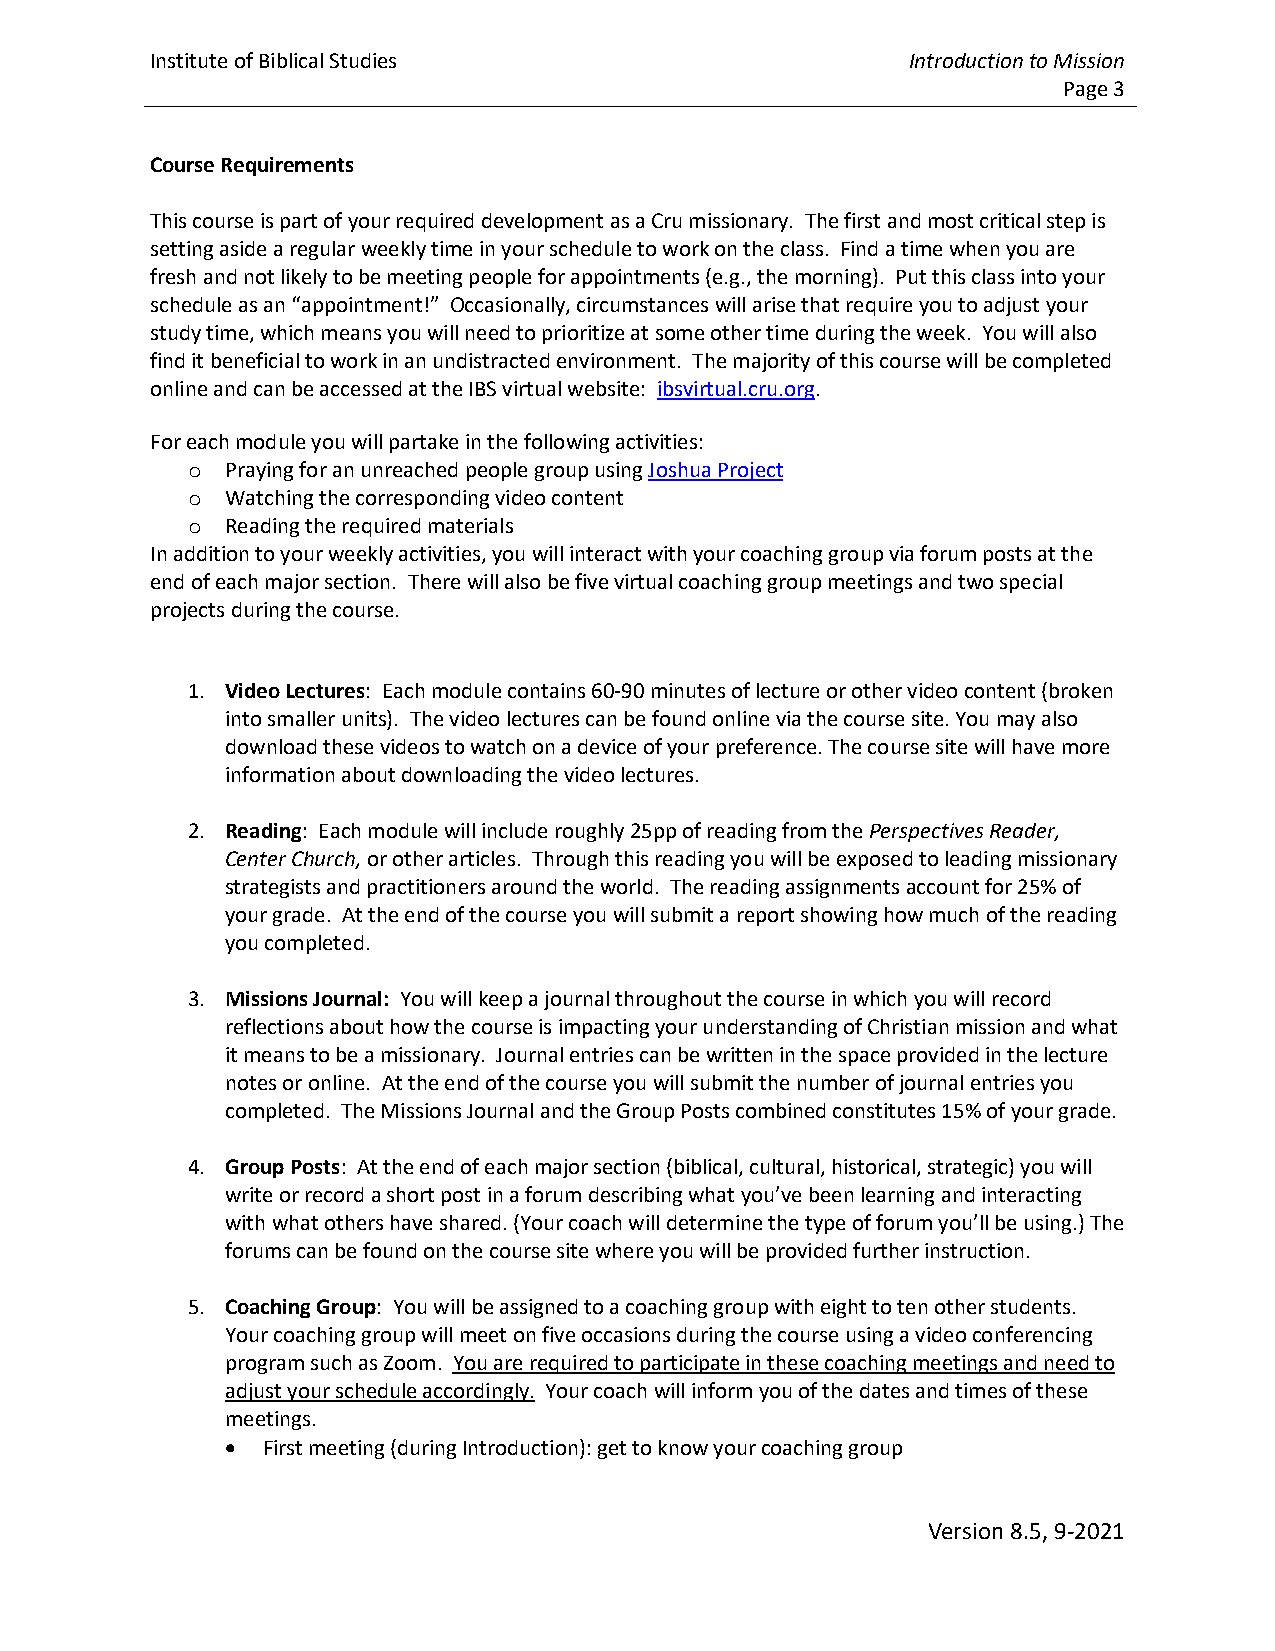
Institute of Biblical Studies                     Introduction to Mission
 Page 3
 Course Requirements
 This course is part of your required development as a Cru missionary. The first and most critical step is
 setting aside a regular weekly time in your schedule to work on the class. Find a time when you are
 fresh and not likely to be meeting people for appointments (e.g., the morning). Put this class into your
 schedule as an “appointment!” Occasionally, circumstances will arise that require you to adjust your
 study time, which means you will need to prioritize at some other time during the week. You will also
 find it beneficial to work in an undistracted environment. The majority of this course will be completed
 online and can be accessed at the IBS virtual website: ibsvirtual.cru.org.
 For each module you will partake in the following activities:
 o  Praying for an unreached people group using Joshua Project
 o  Watching the corresponding video content
 o  Reading the required materials
 In addition to your weekly activities, you will interact with your coaching group via forum posts at the
 end of each major section. There will also be five virtual coaching group meetings and two special
 projects during the course.
 1. Video Lectures: Each module contains 60-90 minutes of lecture or other video content (broken
 into smaller units). The video lectures can be found online via the course site. You may also
 download these videos to watch on a device of your preference. The course site will have more
 information about downloading the video lectures.
 2. Reading: Each module will include roughly 25pp of reading from the Perspectives Reader,
 Center Church, or other articles. Through this reading you will be exposed to leading missionary
 strategists and practitioners around the world. The reading assignments account for 25% of
 your grade. At the end of the course you will submit a report showing how much of the reading
 you completed.
 3. Missions Journal: You will keep a journal throughout the course in which you will record
 reflections about how the course is impacting your understanding of Christian mission and what
 it means to be a missionary. Journal entries can be written in the space provided in the lecture
 notes or online. At the end of the course you will submit the number of journal entries you
 completed. The Missions Journal and the Group Posts combined constitutes 15% of your grade.
 4. Group Posts: At the end of each major section (biblical, cultural, historical, strategic) you will
 write or record a short post in a forum describing what you’ve been learning and interacting
 with what others have shared. (Your coach will determine the type of forum you’ll be using.) The
 forums can be found on the course site where you will be provided further instruction.
 5. Coaching Group: You will be assigned to a coaching group with eight to ten other students.
 Your coaching group will meet on five occasions during the course using a video conferencing
 program such as Zoom. You are required to participate in these coaching meetings and need to
 adjust your schedule accordingly. Your coach will inform you of the dates and times of these
 meetings.
 • First meeting (during Introduction): get to know your coaching group
 Version 8.5, 9-2021